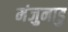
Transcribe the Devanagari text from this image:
मंजुनाडु